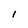
Character: l